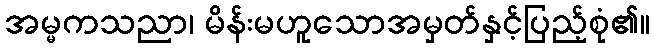
အမ္မကသညာ၊ မိန်းမဟူသောအမှတ်နှင့်ပြည့်စုံ၏။